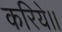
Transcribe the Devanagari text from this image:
करिये।।